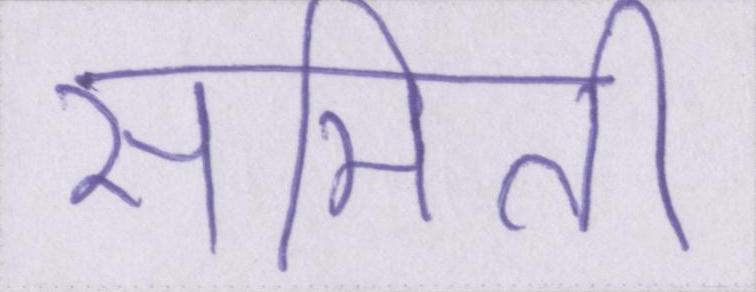
समिति